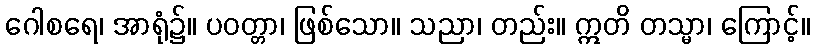
ဂေါစရေ၊ အာရုံ၌။ ပဝတ္တာ၊ ဖြစ်သော။ သညာ၊ တည်း။ ဣတိ တသ္မာ၊ ကြောင့်။